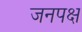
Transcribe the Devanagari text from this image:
जनपक्ष